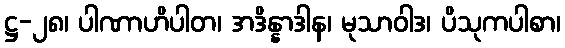
ဋ္ဌ-၂၈၊ ပါဏာဟိပါတ၊ အဒိန္နာဒါန၊ မုသာဝါဒ၊ ပိသုကပါစာ၊